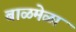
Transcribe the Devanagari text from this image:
बाळमेळा